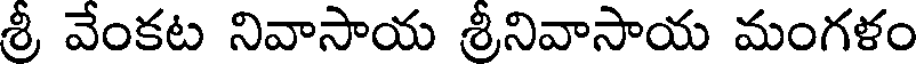
శ్రీ వేంకట నివాసాయ శ్రీనివాసాయ మంగళం